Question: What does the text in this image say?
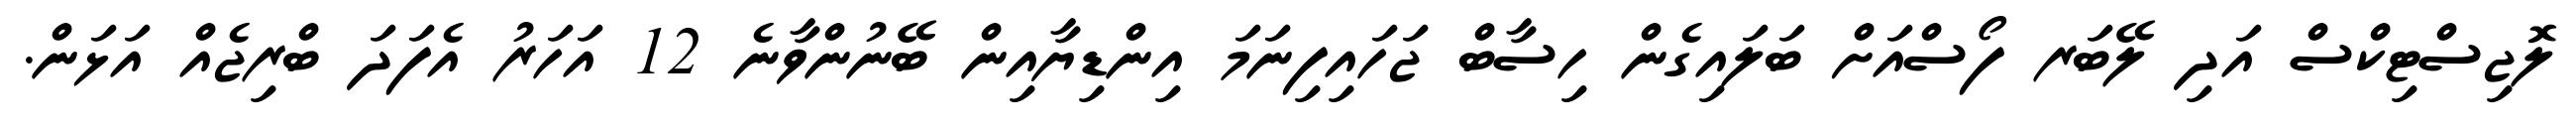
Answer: ލޮޖިސްޓިކްސް އަދި ލޭބަރ ފޯސްއަށް ބަލައިގެން ހިސާބް ޖަހައިފިނަމަ އިންޑިޔާއިން ބޭނުންވާނެ 12 އަހަރު އެފަދަ ބްރިޖެއް އަޅަން.